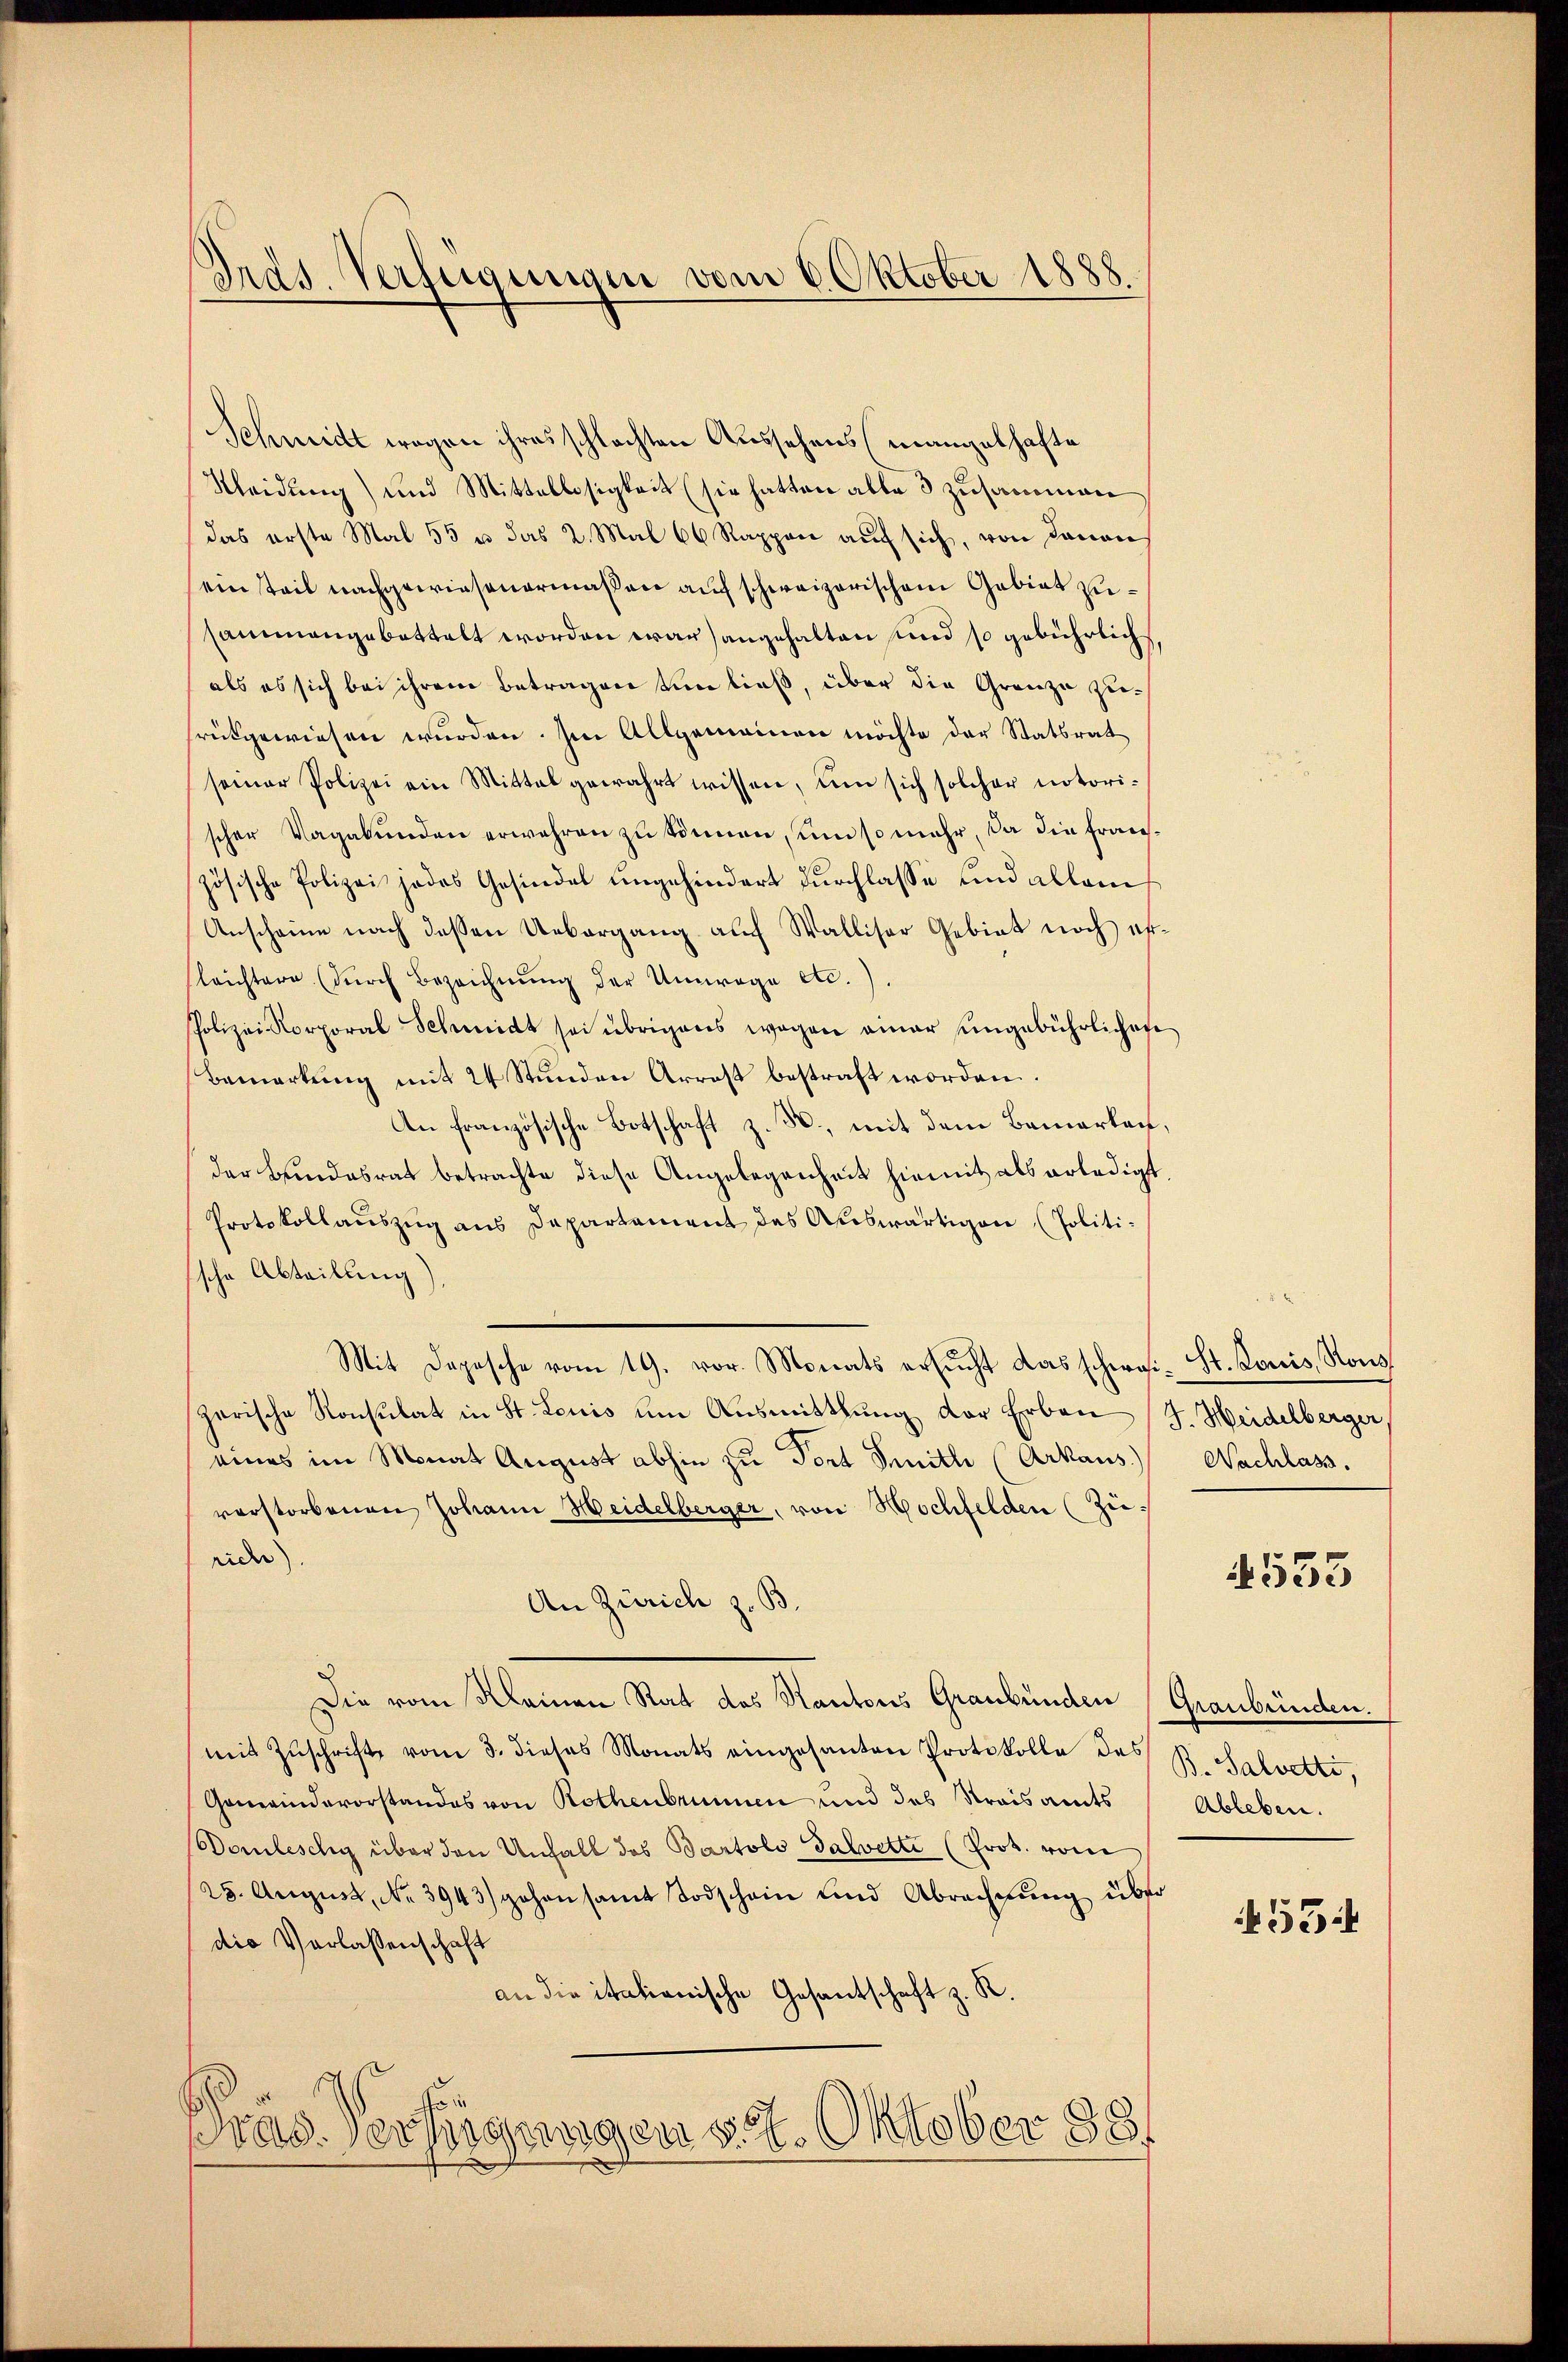
Irds. Verfügungen vom 6. Oktober 1888.

Schmidt wegen ihres schlachten Aussehens (mangelhafte
Kleidung) und Mittellosigkeit (sie hatten alle 3 zusammen
das erste Mal 55 u. das 2. Mal 66 Rappen auf sich, von Danan
ein teil nachgewiesenermaßen auf schweizerischem Gebiet zusammengebottelt worden war angehalten und so gebührlich,
als es sich bei ihrem Betragen ein ließ, über die Grenze zusrückgewiesen wurden. Im Allgemeinen möchte der Statsrat
seiner Polizei ein Mittel gewahrt wissen, um sich solcher notorischer Vagabŭnden erwahren zu können, um so mehr, da die französische Polizei jedes Gesindel ungehindert durchlasse und allein
Anscheine nach dessen Uebergang auf Walliser Gebiet noch erleichtern dŭrch Bezeichnŭng der Umwege etc.)
Polizei Korporal Schmidt sei übrigens wegen einer ungebührlichen
Bemerkŭng mit 24 Stŭnden Arrest bestraft worden.
An französische Botschaft z. B., mit dem Bemerken,
der Bundesrat betrachte diese Angelegenheit hiemit als erledigt,
Protokollauszug aus Departament des Auswärtigen (Politische Abteilung)
Mit Depesche vom 19. vor. Monats ersŭcht das schwei-St. Louis, Ronszerische Konsulat in St. Louis um Aŭsmittlung der Erben (J. Heidelberger
eines im Monat August abhin zu Dort Smitli (Arkaus. Nachlass.
verstorbenen Johann Weidelberger, von Hochfelden (Zürich).
An Zürich z. B.
Die vom Kleinen Rat des Kantons Graubünden (Graubünden.
mit Zŭschrift vom 3. dieses Monats eingesanten Protokolle des B. Salvette,
Gemeindevorstandes von Rothenbrunnen und des Streisamts Ableben.
Domleschy über den Unfall des Bartolo Galvetti (Prot. vom
25. August, No 3943) gehen samt Todschein und Abrechnŭng über
die Verlassenschaft
an die itationische Gesantschaft z. R.
o
räs. Verwegungen d. 27. Oktober 188

4533

55: